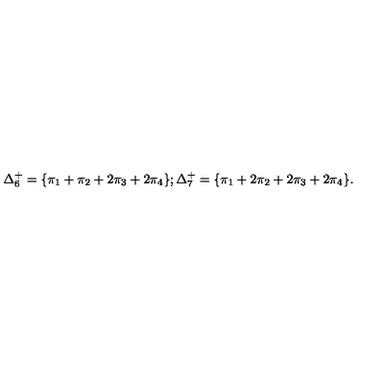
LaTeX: \Delta _ { 6 } ^ { + } = \{ \pi _ { 1 } + \pi _ { 2 } + 2 \pi _ { 3 } + 2 \pi _ { 4 } \} ; \Delta _ { 7 } ^ { + } = \{ \pi _ { 1 } + 2 \pi _ { 2 } + 2 \pi _ { 3 } + 2 \pi _ { 4 } \} .